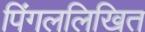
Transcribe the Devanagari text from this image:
पिंगललिखित